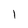
Character: 1